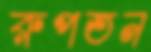
রুপতন